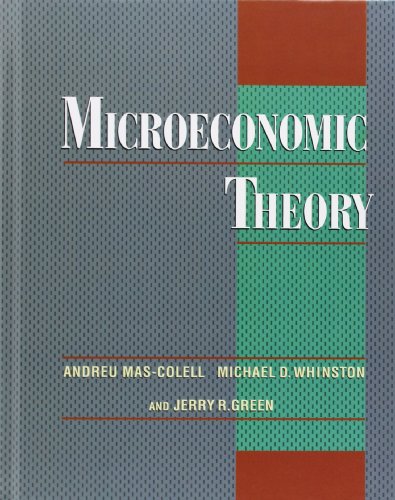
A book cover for Microeconomic Theory; Andreu Mas-Colell; Business & Money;